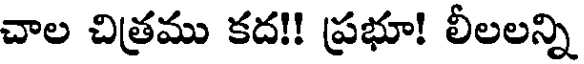
చాల చిత్రము కద!! ప్రభూ! లీలలన్ని